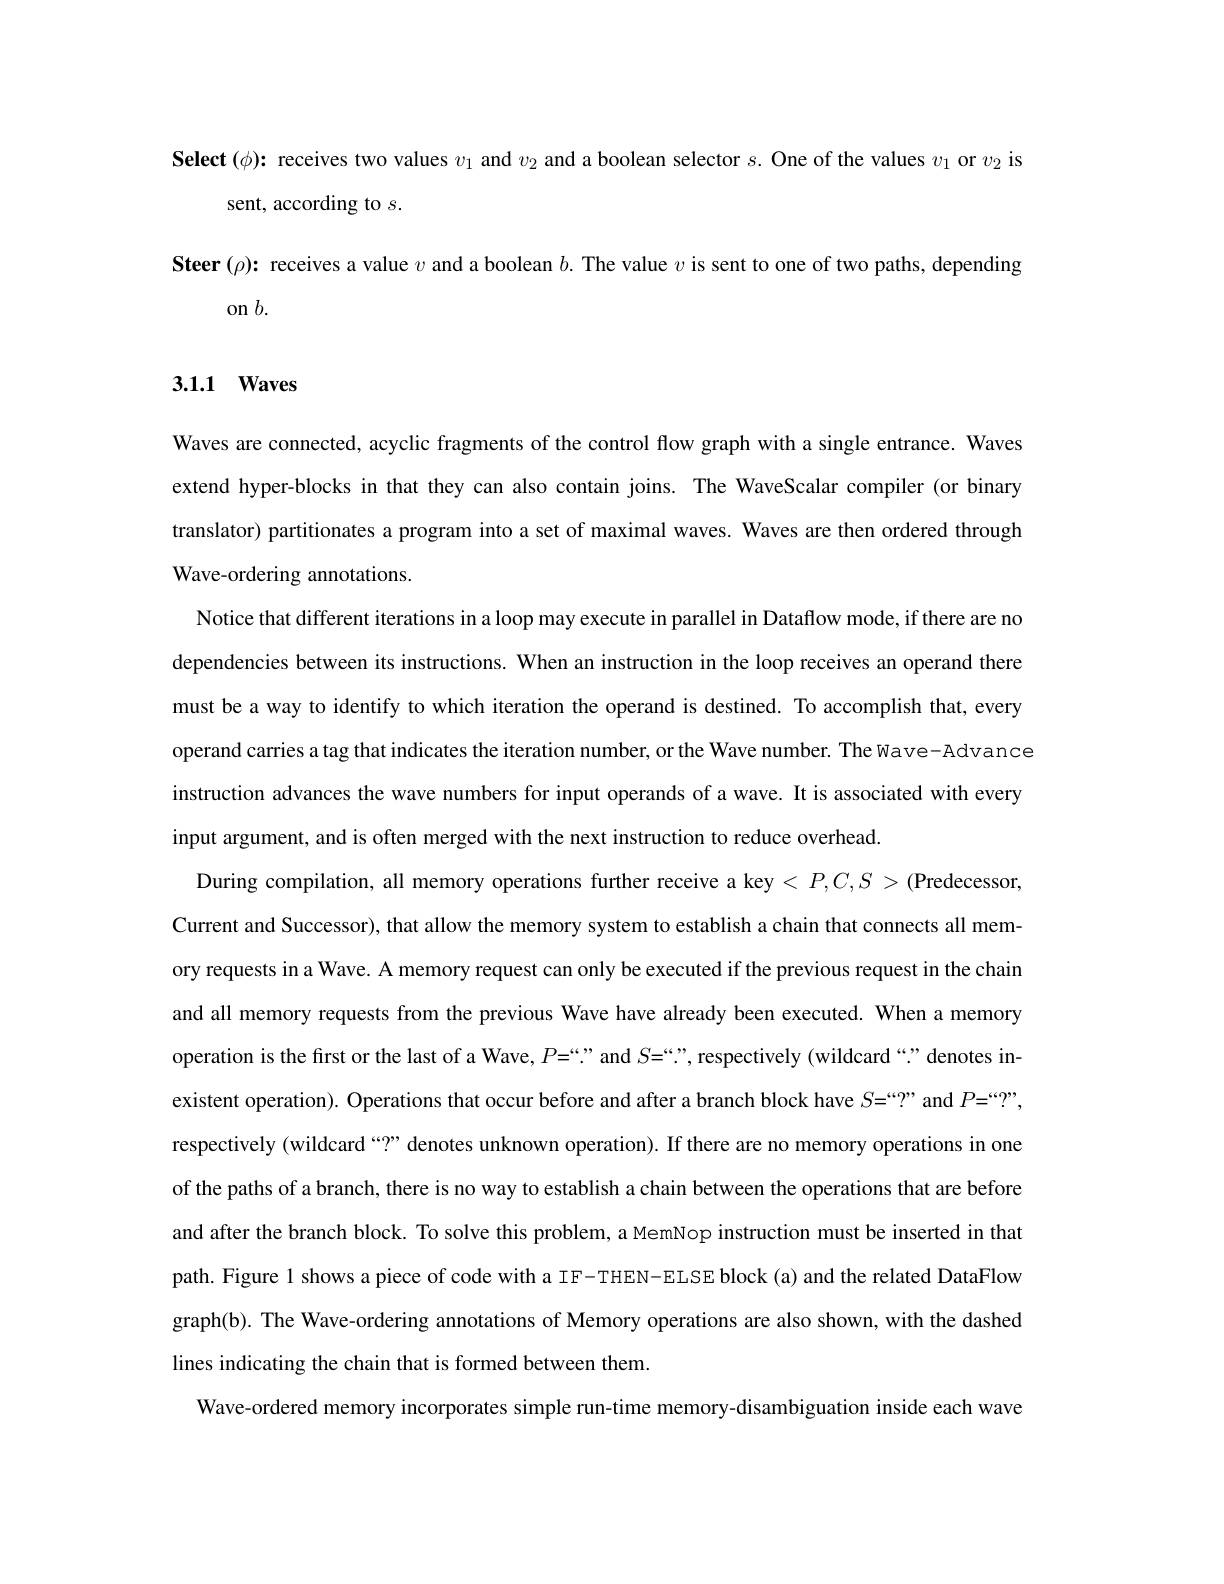
Select $(\phi){:\text{ receives two values }v_1\text{ and }v_2\text{ and a boolean selector }s.\text{ One of the values }v_1\text{ or }v_2\text{ is}}$
sent, according to $s.$
Steer $(\rho){:}$ receives a value $v$ and a boolean $b.$ The value $v$ is sent to one of two paths, depending
on $b.$

# 3.1.1 Waves

Waves are connected, acyclic fragments of the control flow graph with a single entrance. Waves extend hyper-blocks in that they can also contain joins. The WaveScalar compiler (or binary translator) partitionates a program into a set of maximal waves. Waves are then ordered through Wave-ordering annotations.
Notice that different iterations in a loop may execute in parallel in Dataflow mode, if there are no dependencies between its instructions. When an instruction in the loop receives an operand there must be a way to identify to which iteration the operand is destined. To accomplish that, every operand carries a tag that indicates the iteration number, or the Wave number. The Wave-Advance instruction advances the wave numbers for input operands of a wave. It is associated with every input argument, and is often merged with the next instruction to reduce overhead.
During compilation, all memory operations further receive a key $<P,C,S>($Predecessor Current and Successor), that allow the memory system to establish a chain that connects all memory requests in a Wave. A memory request can only be executed if the previous request in the chain and all memory requests from the previous Wave have already been executed. When a memory operation is the first or the last of a Wave, P=“”and $S\overset{..}{\operatorname*{=}}$”, respectively (wildcard“:”denotes inexistent operation). Operations that occur before and after a branch block have $S=``?”$ and $P=``?”$ respectively (wildcard $``?”$ denotes unknown operation). If there are no memory operations in one of the paths of a branch, there is no way to establish a chain between the operations that are before and after the branch block. To solve this problem, a MemNop instruction must be inserted in that path. Figure 1 shows a piece of code with a IF-THEN-ELSE block (a) and the related DataFlow graph(b). The Wave-ordering annotations of Memory operations are also shown, with the dashed lines indicating the chain that is formed between them.
Wave-ordered memory incorporates simple run-time memory-disambiguation inside each wave